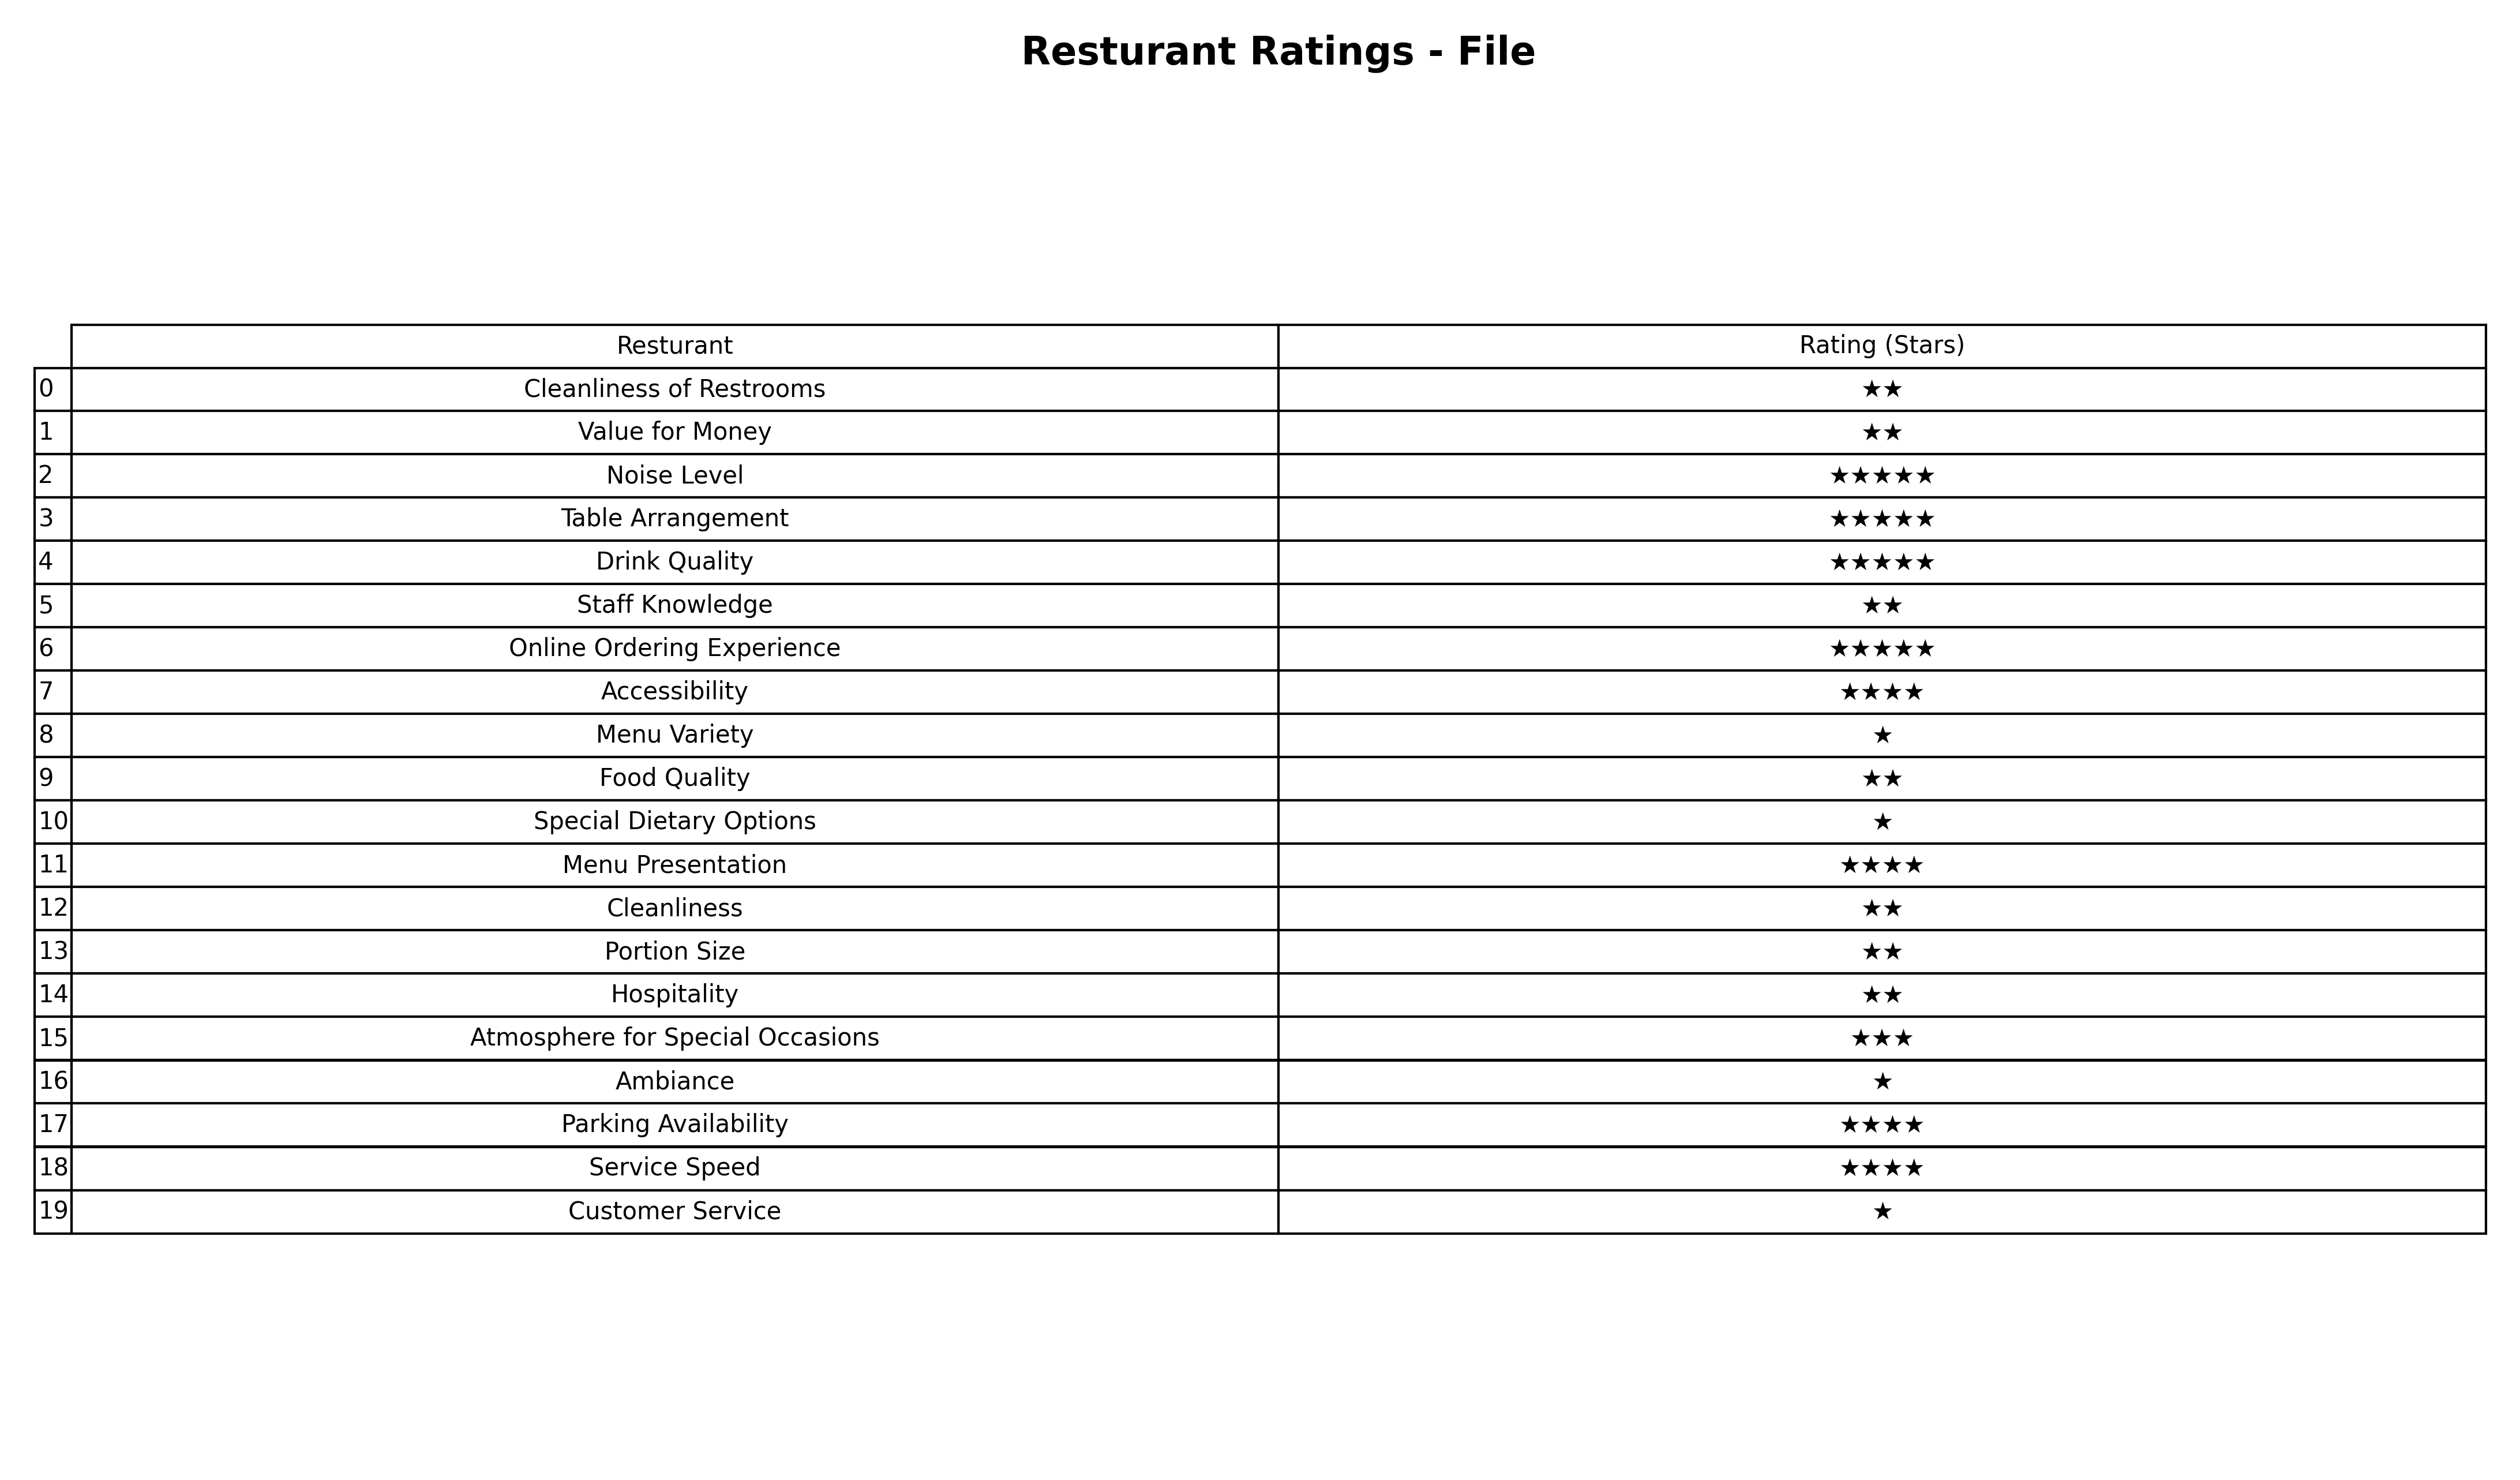
question: What is the rating of Atmosphere for Special Occasions?
answer: ★★★